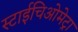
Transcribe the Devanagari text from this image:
स्टाईचिओमेट्रा